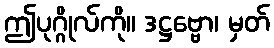
ဤပုဂ္ဂိုလ်ကို။ ဒဋ္ဌဗ္ဗော၊ မှတ်